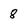
Character: 8